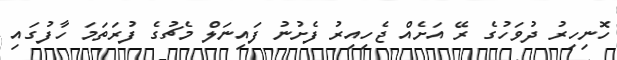
ހޮނިހިރު ދުވަހުގެ ރޭ އަށެއް ޖެހިއިރު ފެށުނު ފައިނަލް މެޗުގެ ފުރަތަމަ ހާފުގައި